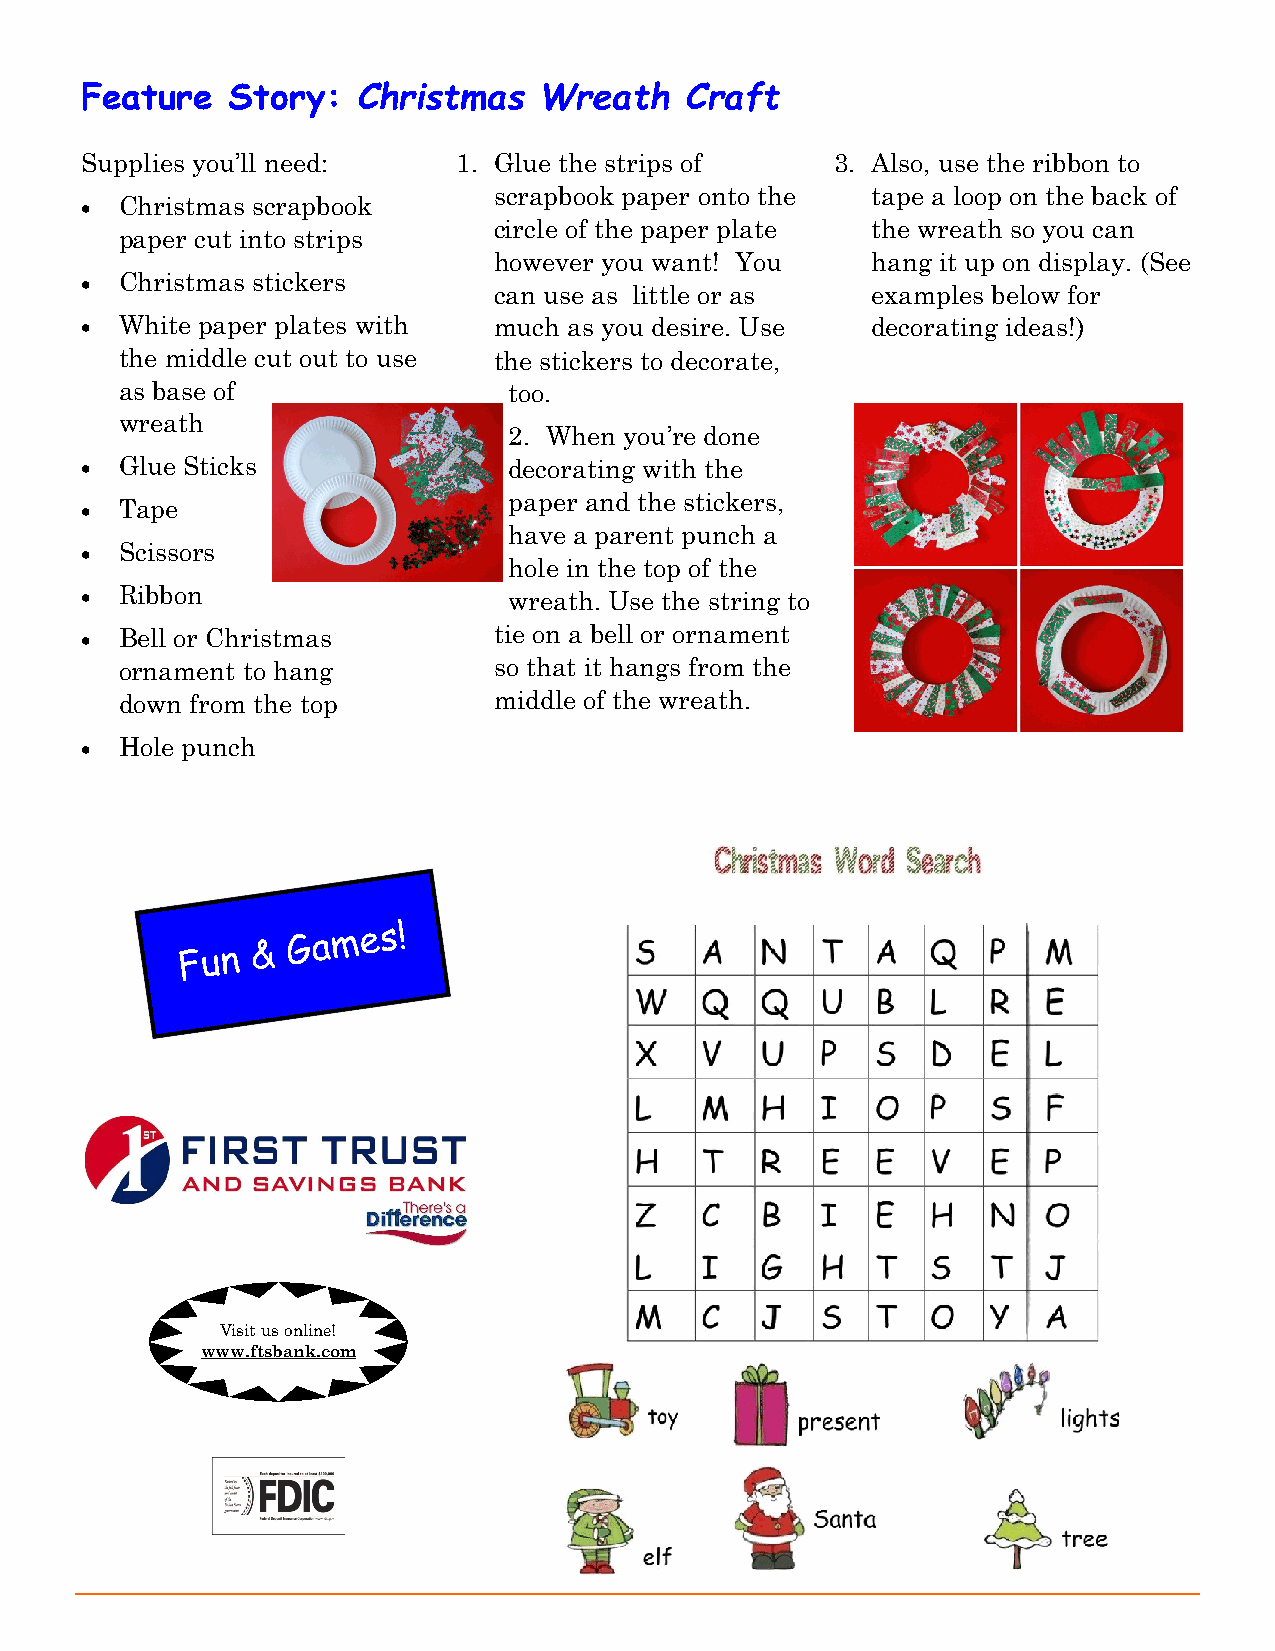
Feature   Story:   Christmas   Wreath   Craft
 Supplies you’ll need:    1. Glue the strips of    3. Also, use the ribbon to
 scrapbook paper onto the tape a loop on the back of
 •  Christmas scrapbook
 circle of the paper plate the wreath so you can
 paper cut into strips
 however you want! You    hang it up on display. (See
 •  Christmas stickers
 can use as little or as  examples below for
 •  White paper plates with  much as you desire. Use  decorating ideas!)
 the middle cut out to use the stickers to decorate,
 as base of                too.
 wreath
 2. When you’re done
 •  Glue Sticks               decorating with the
 paper and the stickers,
 •  Tape
 have a parent punch a
 •  Scissors
 hole in the top of the
 •  Ribbon                    wreath. Use the string to
 •  Bell or Christmas        tie on a bell or ornament
 ornament to hang         so that it hangs from the
 down from the top        middle of the wreath.
 •  Hole punch
 VisiVti soitu ru sK oindlsi nPea! ge
 wwwo.nftlsinbea nakt. c om